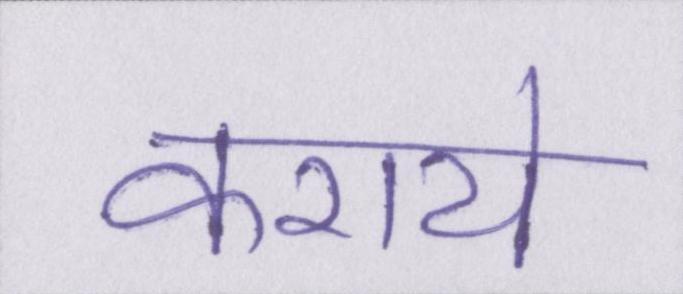
कराये